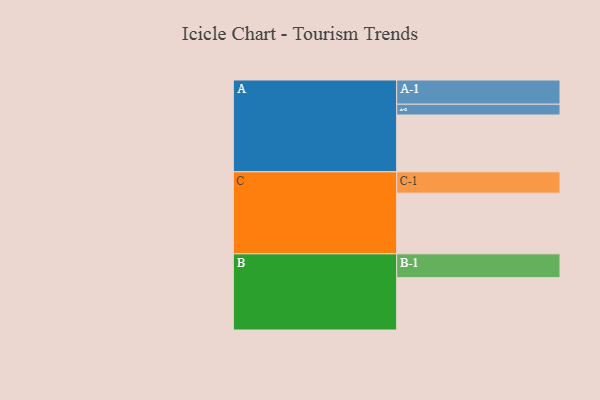
{"axis": {"x": "Segment", "y": "Value"}, "legend": ["", "A", "B", "C"], "data": [{"x": "A", "y": 537, "type": ""}, {"x": "B", "y": 495, "type": ""}, {"x": "C", "y": 574, "type": ""}, {"x": "A-1", "y": 229, "type": "A"}, {"x": "A-2", "y": 102, "type": "A"}, {"x": "B-1", "y": 225, "type": "B"}, {"x": "C-1", "y": 202, "type": "C"}]}